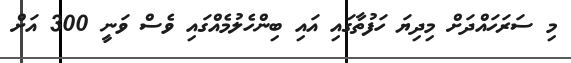
މި ސަރަހައްދަށް މިދިޔަ ހަފުތާގައި އައި ބިންހެލުމެއްގައި ވެސް ވަނީ 300 އަށް